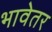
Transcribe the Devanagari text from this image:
भावेतर